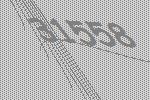
31558